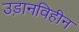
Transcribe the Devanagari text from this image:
उड़ानविहीन